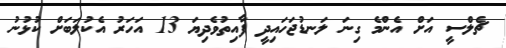
ޗެލްސީ އަށް އެންމެ ގިނަ ލަނޑުޖަހައިދީ ފާއިތުވެދިޔަ 13 އަހަރު އެކުލަބަށް ކުޅުނު